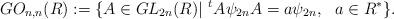
LaTeX: \begin{align*}GO_{n,n}(R):= \{ A \in GL_{2n}(R) | \,\, ^{t}A\psi_{2n}A = a\psi_{2n}, \,\, \,\, a \in R^{*} \}.\end{align*}